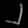
Digit: ၂